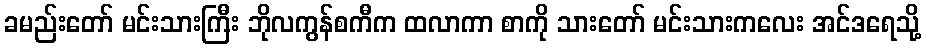
ခမည်းတော် မင်းသားကြီး ဘိုလကွန်စကီက ထလာကာ စာကို သားတော် မင်းသားကလေး အင်ဒရေသို့